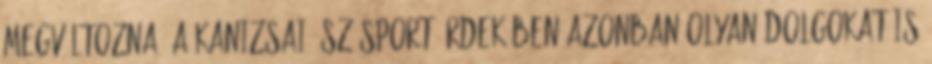
megváltozna. A kanizsai úszósport érdekében azonban olyan dolgokat is